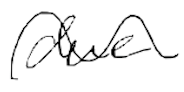
Text: due
Cross-out: wave
Writing tool: digital_black